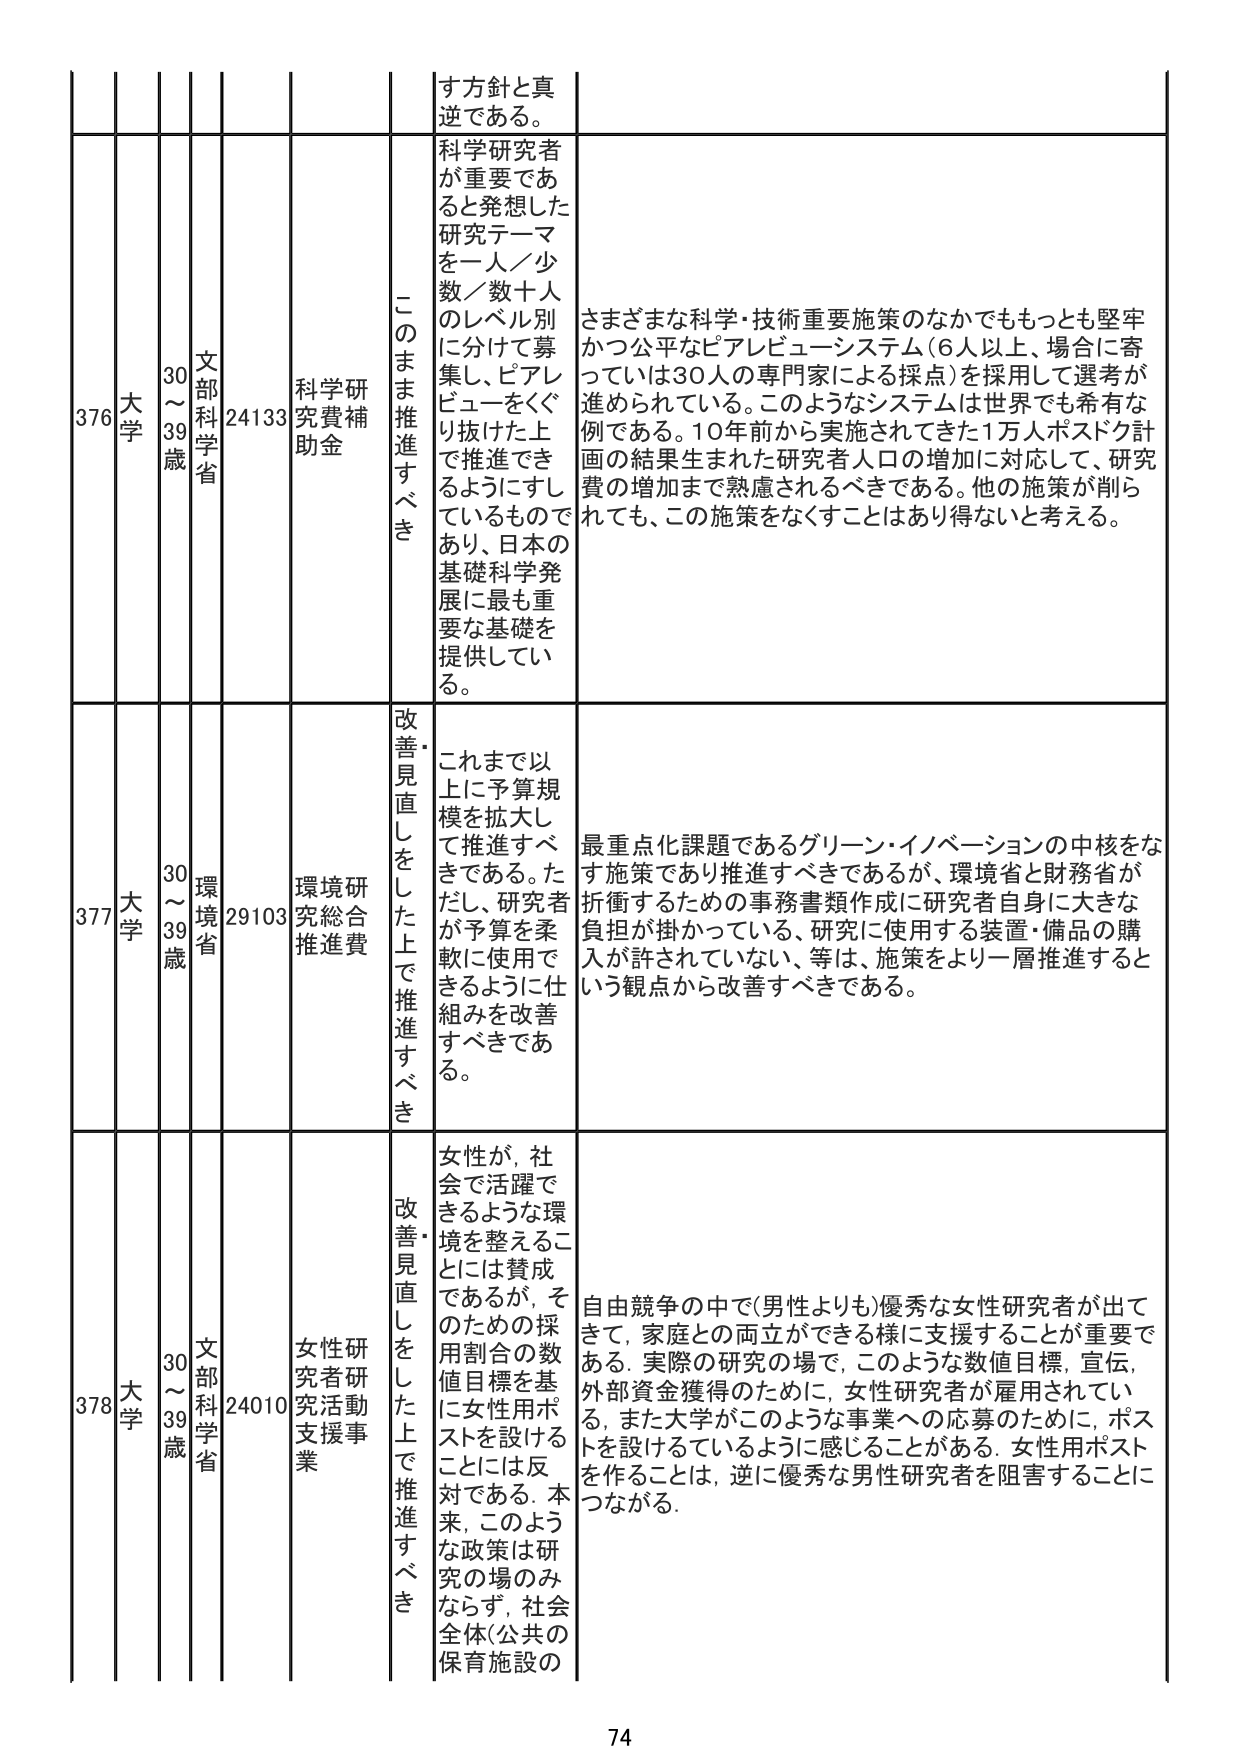
376 大学 30～39歳 文部科学省 24133 科学研究費補助金 このまま推進すべき 科学研究者が重要であると発想した研究テーマを一人／少数／数十人のレベル別に分けて募集し、ピアレビューをくぐり抜けた上で推進できるようにしているものであり、日本の基礎科学発展に最も重要な基礎を提供している。 さまざまな科学・技術重要施策のなかでもっとも堅牢かつ公平なピアレビューシステム（6人以上、場合に寄っては30人の専門家による採点）を採用して選考が進められている。このようなシステムは世界でも希有な例である。10年前から実施されてきた1万人ポスドク計画の結果生まれた研究者人口の増加に対応して、研究費の増加まで熟慮されるべきである。他の施策が削られても、この施策をなくすことはあり得ないと考える。

377 大学 30～39歳 環境省 29103 環境研究総合推進費 改善・見直しをした上で推進すべき これまで以上に予算規模を拡大して推進すべきである。ただし、研究者が予算を柔軟に使用できるように仕組みを改善すべきである。 最重点化課題であるグリーン・イノベーションの中核をなす施策であり推進すべきであるが、環境省と財務省が折衝するための事務書類作成に研究者自身に大きな負担が掛かっている、研究に使用する装置・備品の購入が許されていない、等は、施策をより一層推進するという観点から改善すべきである。

378 大学 30～39歳 文部科学省 24010 女性研究者研究活動支援事業 改善・見直しをした上で推進すべき 女性が、社会で活躍できるような環境を整えることには賛成であるが、そのための採用割合の数値目標を基に女性用ポストを設けることには反対である。本来、このような政策は研究の場のみならず、社会全体（公共の保育施設の 自由競争の中で（男性よりも）優秀な女性研究者が出てきて、家庭との両立ができる様に支援することが重要である。実際の研究の場で、このような数値目標、宣伝、外部資金獲得のために、女性研究者が雇用されている、また大学がこのような事業への応募のために、ポストを設けているように感じることがある。女性用ポストを作ることは、逆に優秀な男性研究者を阻害することにつながる。

74